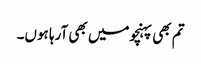
تم بھی پہنچومیں بھی آرہا ہوں۔